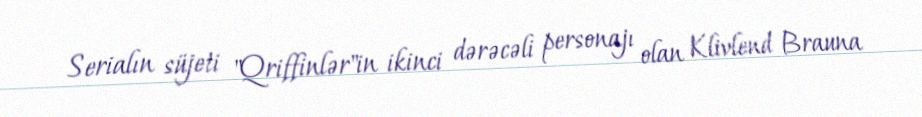
Serialın süjeti "Qriffinlər"in ikinci dərəcəli personajı olan Klivlend Brauna